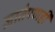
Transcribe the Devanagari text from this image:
ज्ञातेपणही